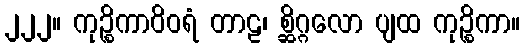
၂၂၂။ ကုဉ္စိကာဝိဝရံ တာဠ၊ စ္ဆိဂ္ဂလော ပျထ ကုဉ္စိကာ။